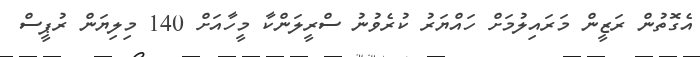
އެގޮތުން ރަޒީން މަރައިލުމަށް ހައްޔަރު ކުރެވުނު ސްރީލަންކާ މީހާއަށް 140 މިލިޔަން ރުޕީސް